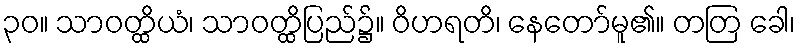
၃၀။ သာဝတ္ထိယံ၊ သာဝတ္ထိပြည်၌။ ဝိဟရတိ၊ နေတော်မူ၏။ တတြ ခေါ၊